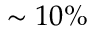
\sim 1 0 \%